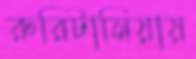
রুরিটানিয়ায়